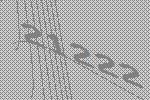
21222